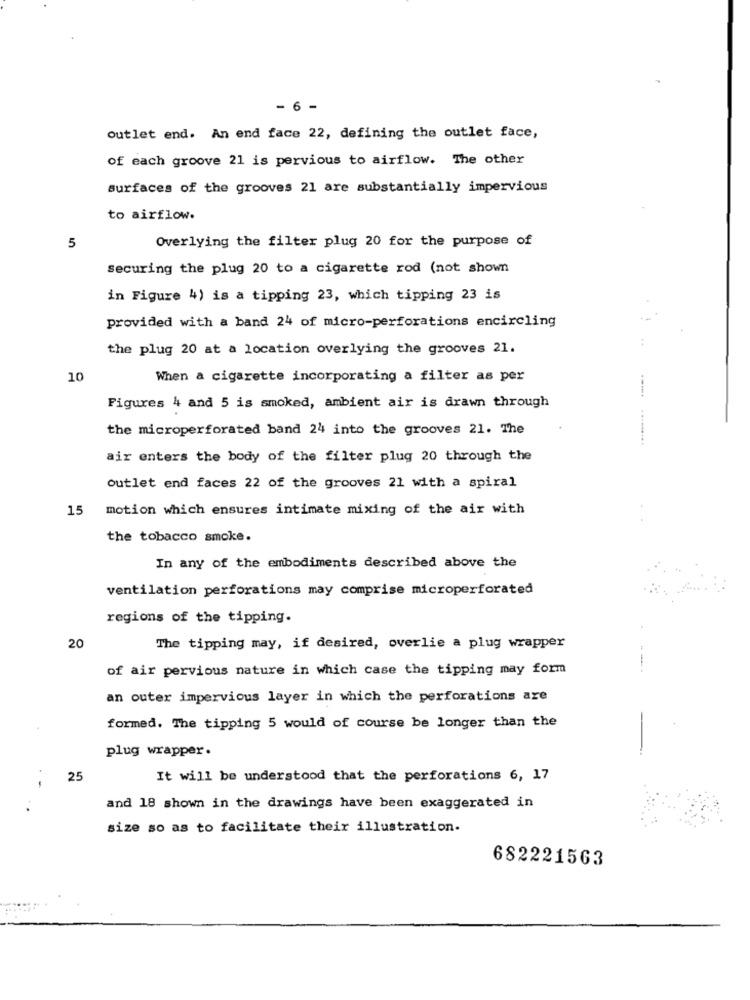
- 6 -
outlet end. An end face 22, defining the outlet face,
of each groove 21 is pervious to airflow. The other
surfaces of the grooves 21 are substantially impervious
to airflow.
5
Overlying the filter plug 20 for the purpose of
securing the plug 20 to a cigarette rod (not shown
in Figure 4) is a tipping 23, which tipping 23 is
provided with a band 24 of micro-perforations encircling
the plug 20 at a location overlying the grooves 21.
10
When a cigarette incorporating a filter as per
Figures 4 and 5 is smoked, ambient air is drawn through
the microperforated band 24 into the grooves 21. The
.........
air enters the body of the filter plug 20 through the
outlet end faces 22 of the grooves 21 with a spiral
15
motion which ensures intimate mixing of the air with
the tobacco smoke.
In any of the embodiments described above the
ventilation perforations may comprise microperforated
regions of the tipping.
20
The tipping may, if desired, overlie a plug wrapper
of air pervious nature in which case the tipping may form
an outer impervious layer in which the perforations are
formed. The tipping 5 would of course be longer than the
plug wrapper.
25
It will be understood that the perforations 6, 17
--
and 18 shown in the drawings have been exaggerated in
size so as to facilitate their illustration.
682221563